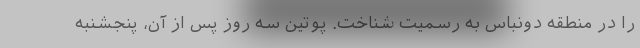
را در منطقه دونباس به رسمیت شناخت. پوتین سه روز پس از آن، پنجشنبه